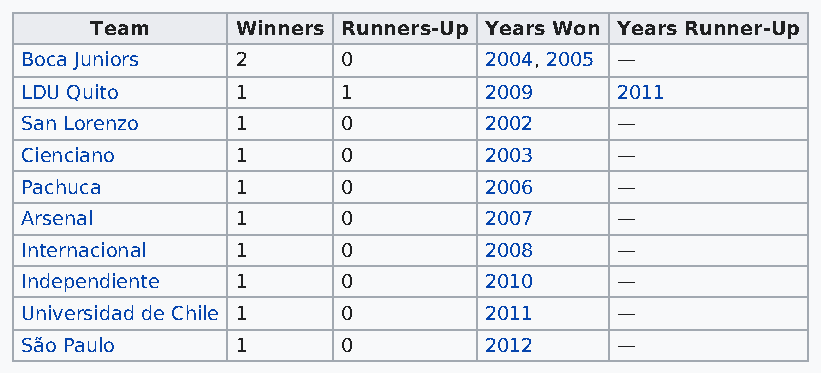
Team      Winners Runners-Up Years Won Years Runner-Up
 Boca Juniors   2      0        2004, 2005 —
 LDU Quito      1      1        2009     2011
 San Lorenzo    1      0        2002     —
 Cienciano      1      0        2003     —
 Pachuca        1      0        2006     —
 Arsenal        1      0        2007     —
 Internacional  1      0        2008     —
 Independiente  1      0        2010     —
 Universidad de Chile 1 0       2011     —
 São Paulo      1      0        2012     —